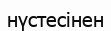
нүстесінен